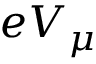
e V _ { \mu }